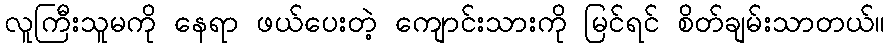
လူကြီးသူမကို နေရာ ဖယ်ပေးတဲ့ ကျောင်းသားကို မြင်ရင် စိတ်ချမ်းသာတယ်။